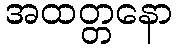
အထတ္တနော